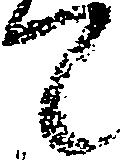
て